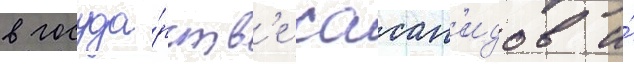
в госуда́рств'е сасан'идов и́